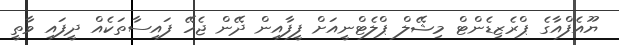
ޔޫއެފްއާގެ ޕްރެޒިޑެންޓް މިޝޭލް ޕްލެޓްނީއަށް ފީފާއިން ދޭން ޖެހޭ ފައިސާތަކެއް ދީފައި ވާތީ